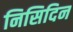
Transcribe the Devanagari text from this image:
निसिदिन